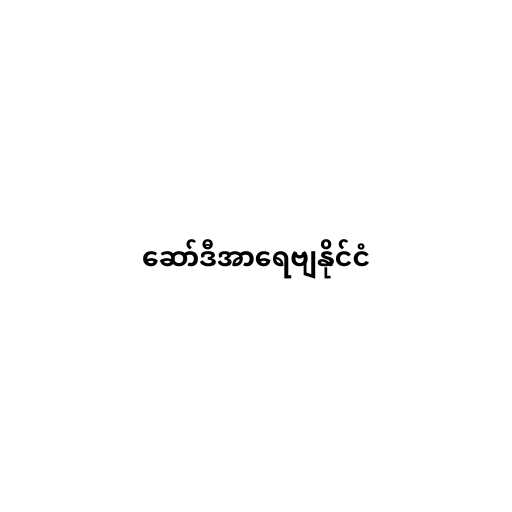
ဆော်ဒီအာရေဗျနိုင်ငံ